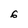
Character: 6